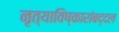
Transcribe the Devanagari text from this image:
नृत्याविष्कारांबद्दल